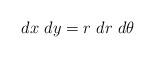
LaTeX: \begin{align*}dx~dy=r~dr~d\theta\end{align*}